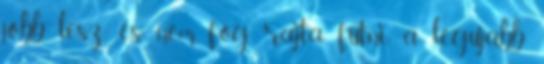
jobb lesz es nem fog rajta futni a legujabb